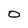
Character: 0